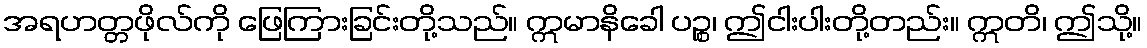
အရဟတ္တဖိုလ်ကို ဖြေကြားခြင်းတို့သည်။ ဣမာနိခေါ ပဉ္စ၊ ဤငါးပါးတို့တည်း။ ဣတိ၊ ဤသို့။